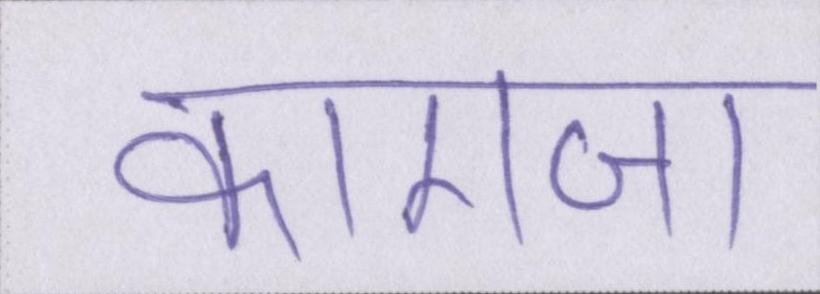
कागजा